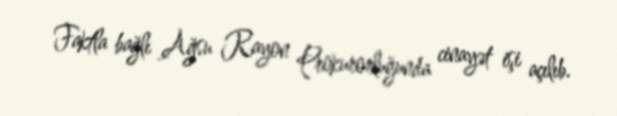
Faktla bağlı Ağsu Rayon Prokurorluğunda cinayət işi açılıb.